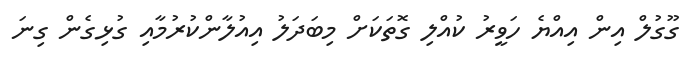
ގޫގުލް އިން އިއްޔެ ހަވީރު ކުއްލި ގޮތަކަށް މިބަދަލު އިއުލާންކުރުމާއި ގުޅިގެން ގިނަ